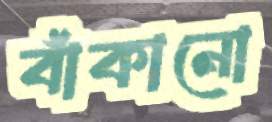
বাঁকানো